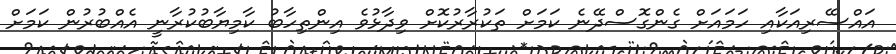
އައްސޭރިއަކާއި ހަމައަށް ގެންގޮސްދޭނެ ކަމަށް ތަކުރާރުކޮށް ވިދާޅުވެ އިންތިހާބު ކާމިޔާބުކުރާނީ އެއްބުރުން ކަމަށް